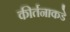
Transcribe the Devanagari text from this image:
कीर्तनाकडे